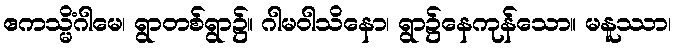
ဧကသ္မိံဂါမေ၊ ရွာတစ်ရွာ၌။ ဂါမဝါသိနော၊ ရွာ၌နေကုန်သော။ မနူဿာ၊